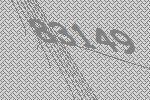
83149